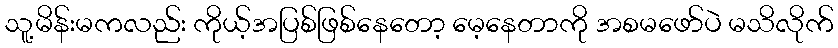
သူ့မိန်းမကလည်း ကိုယ့်အပြစ်ဖြစ်နေတော့ မေ့နေတာကို အစမဖော်ပဲ မသိလိုက်